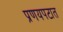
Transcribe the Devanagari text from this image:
प्रणयपटात